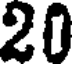
20